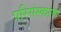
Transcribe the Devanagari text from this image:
परिसंस्करण